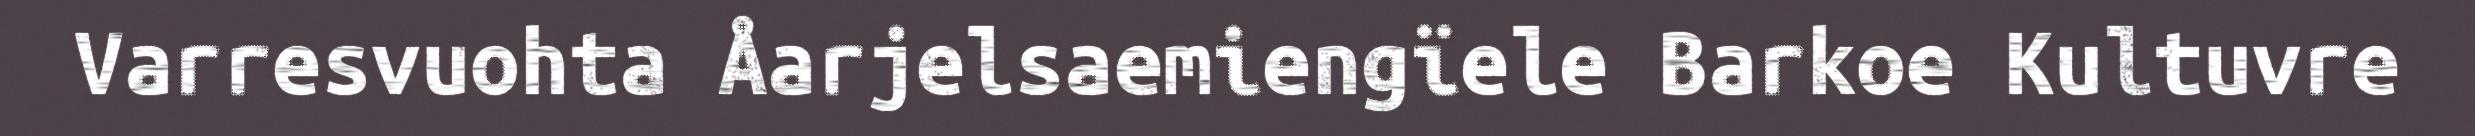
Varresvuohta Åarjelsaemiengïele Barkoe Kultuvre